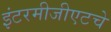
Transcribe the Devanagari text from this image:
इंटरमीजीएटचे